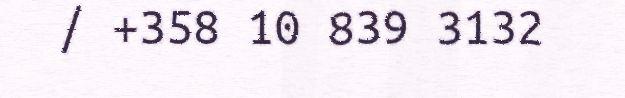
/ +358 10 839 3132